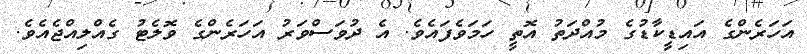
އަހަރެންގެ އައިޑީކާޑުގެ މުއްދަތު އޮތީ ހަމަވެފައެވެ. އެ ދުވަސްވަރު އަހަރެންގެ ވޮލެޓު ގެއްލިއްޖެއެވެ.